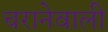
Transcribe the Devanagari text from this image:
चरानेवाली